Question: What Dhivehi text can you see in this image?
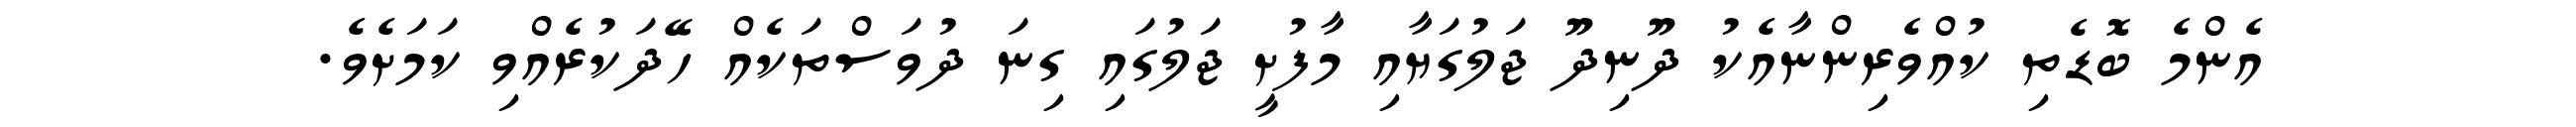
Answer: އެންމެ ބޮޑެތި ކުއްވެރިންނާއެކު ދޫނިދޫ ޖަލުގަޔާއި މާފުށީ ޖަލުގައި ގިނަ ދުވަސްތަކެއް ހޭދަކުރެއްވި ކަމަށެވެ.